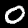
Label: 0